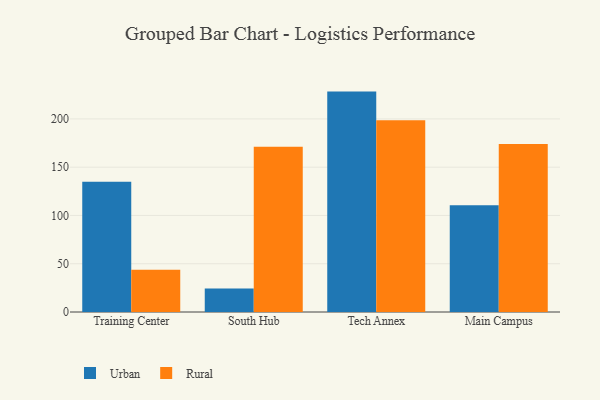
{"axis": {"x": "Campus", "y": "Tickets Resolved"}, "legend": ["Rural", "Urban"], "data": [{"x": "Training Center", "y": 134.8, "type": "Urban"}, {"x": "Training Center", "y": 43.8, "type": "Rural"}, {"x": "South Hub", "y": 24.4, "type": "Urban"}, {"x": "South Hub", "y": 171.2, "type": "Rural"}, {"x": "Tech Annex", "y": 228.3, "type": "Urban"}, {"x": "Tech Annex", "y": 198.6, "type": "Rural"}, {"x": "Main Campus", "y": 110.7, "type": "Urban"}, {"x": "Main Campus", "y": 174.1, "type": "Rural"}]}